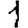
Digit: 1